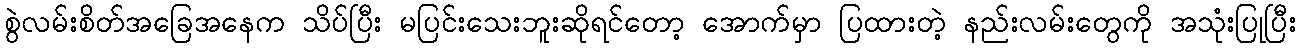
စွဲလမ်းစိတ်အခြေအနေက သိပ်ပြီး မပြင်းသေးဘူးဆိုရင်တော့ အောက်မှာ ပြထားတဲ့ နည်းလမ်းတွေကို အသုံးပြုပြီး